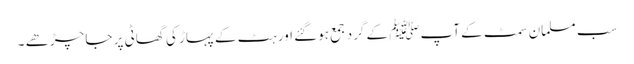
سب مسلمان سمٹ کے آپﷺ کے گرد جمع ہوگئے اور ہٹ کے پہاڑ کی گھاٹی پر جا چڑھے ۔